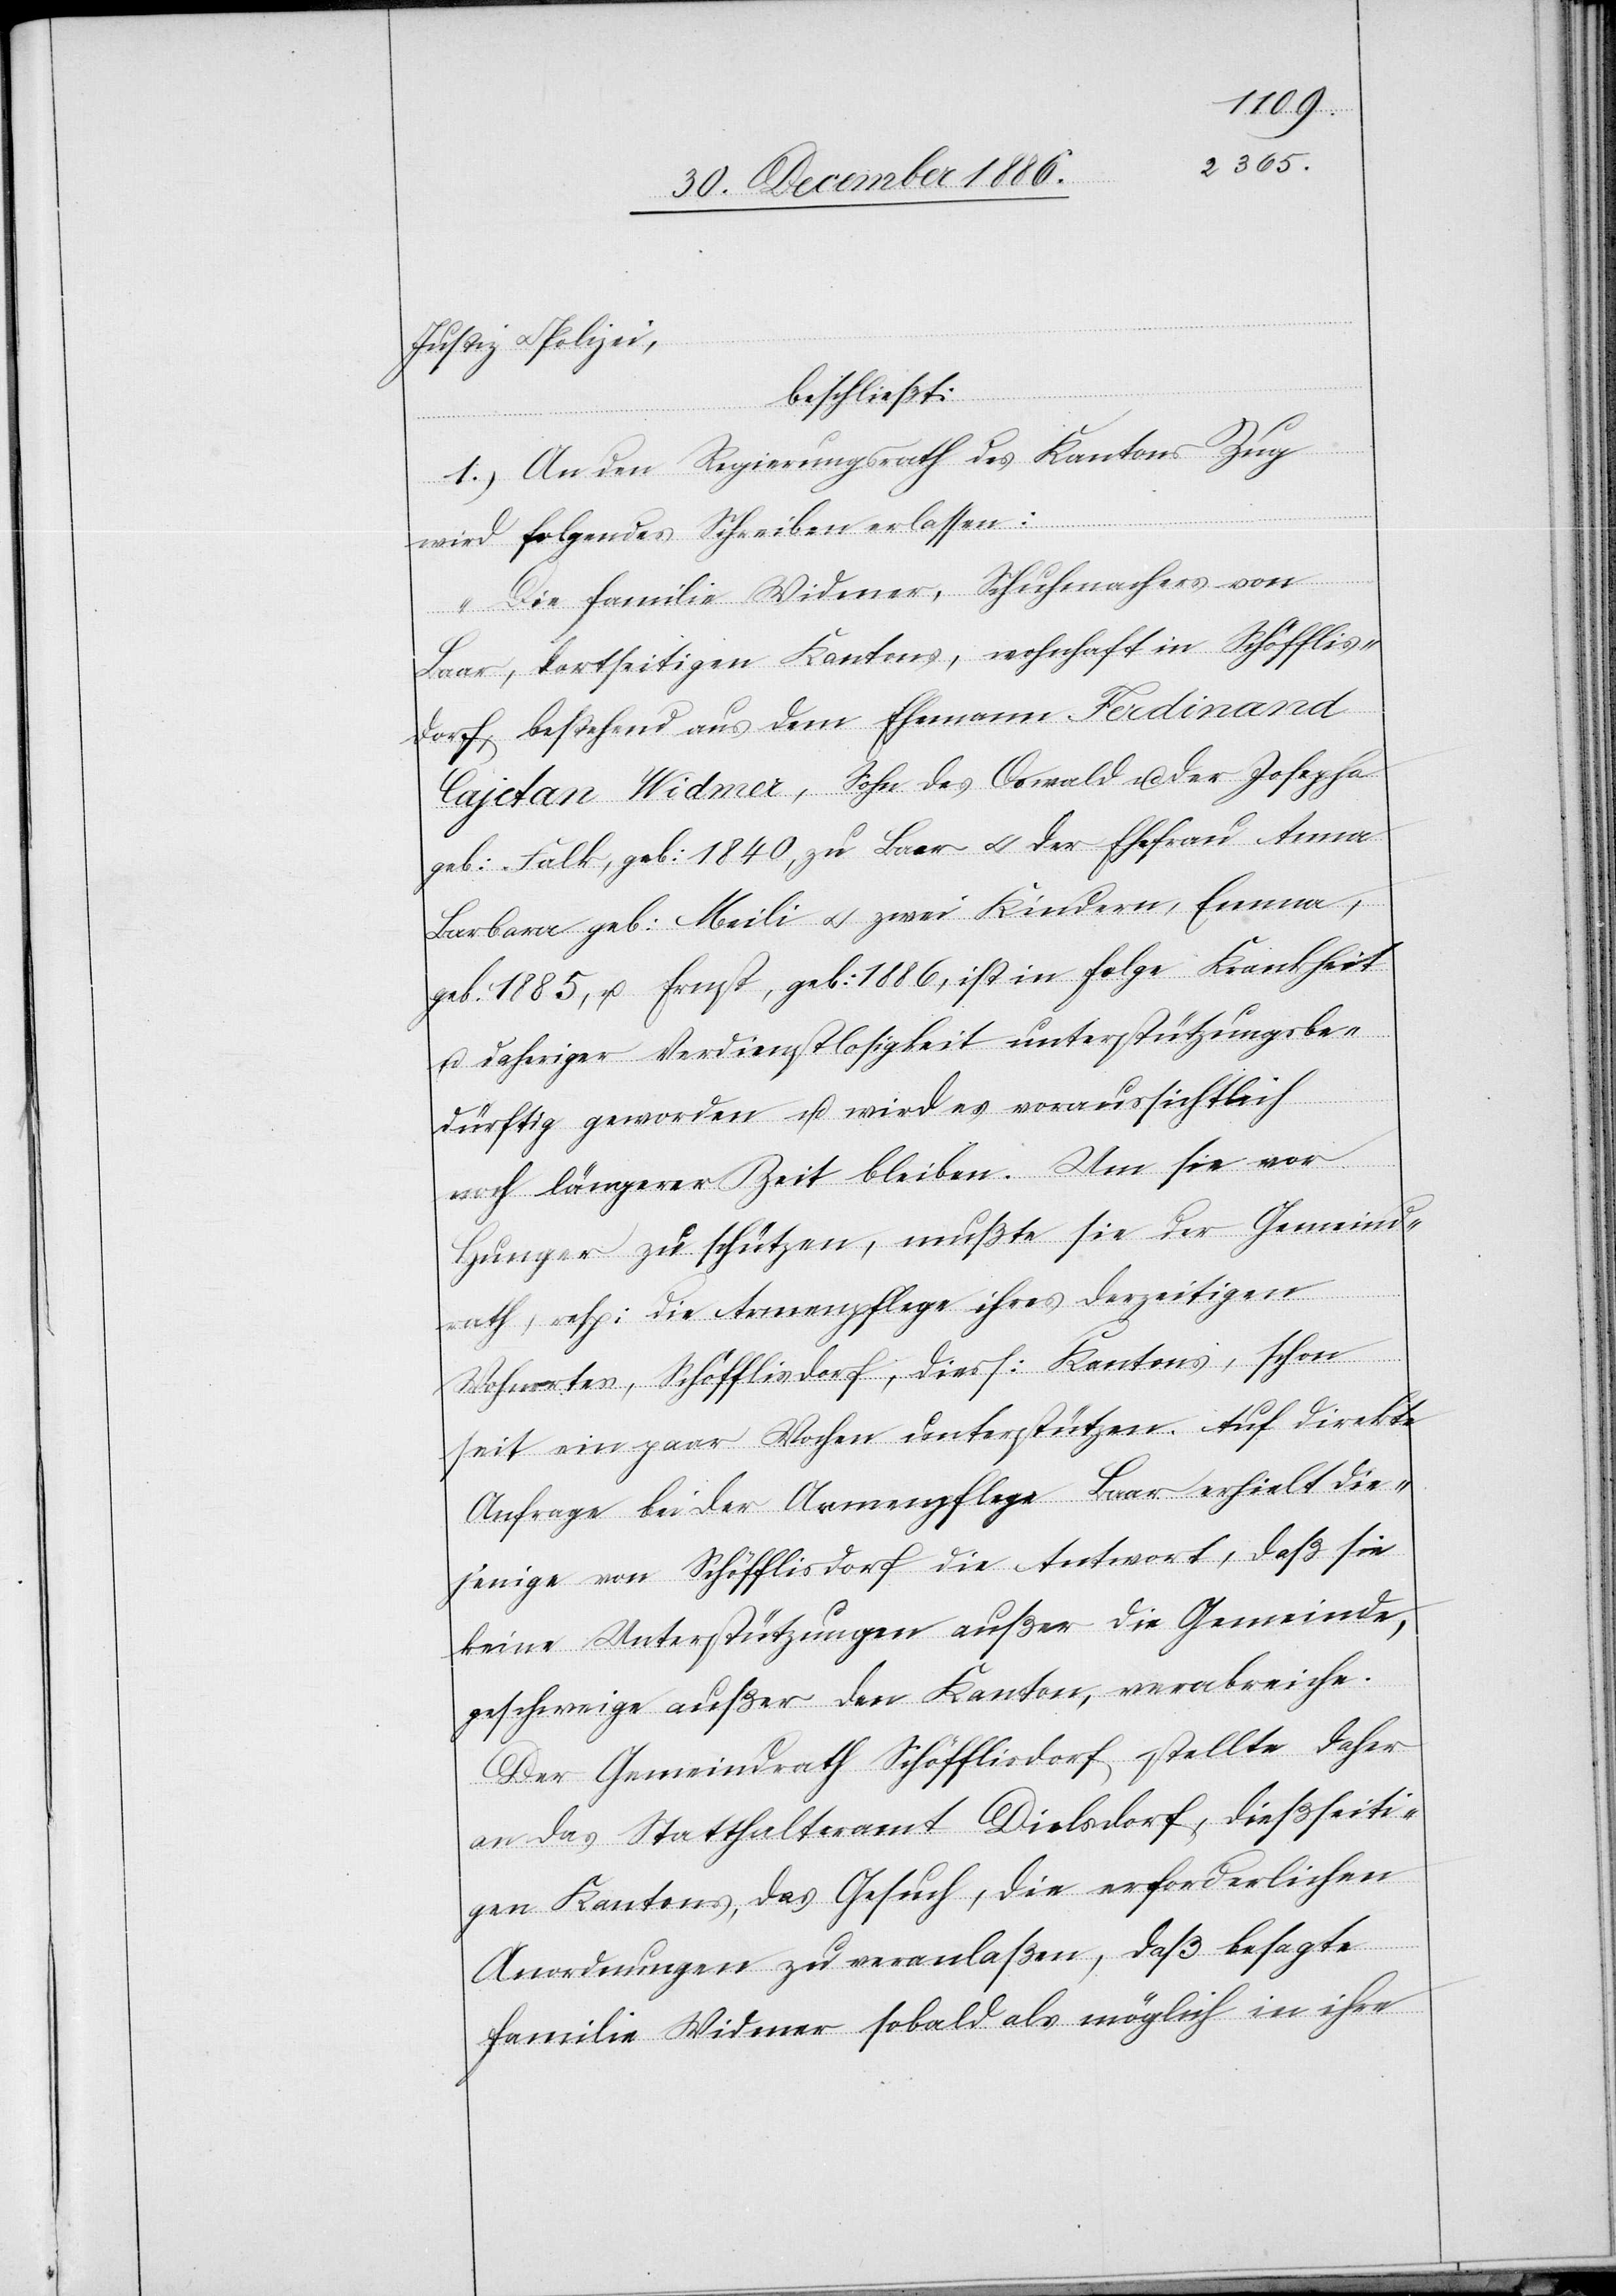
Justiz & Polizei,
beschließt:
1.) An den Regierungsrath des Kantons Zug
wird folgendes Schreiben erlassen:
„Die Familie Widmer, Schuhmachers von
Baar, dortseitigen Kantons, wohnhaft in Schöfflis¬
dorf, bestehend aus dem Ehemann Ferdinand
Cajetan Widmer, Sohn des Oswald u. der Josepha
geb: Falk, geb: 1840, zu Baar & der Ehefrau Anna
Barbara geb: Meili & zwei Kindern, Emma,
geb. 1885, u. Ernst, geb: 1886, ist in Folge Krankheit
u. daheriger Verdienstlosigkeit unterstützungsbe¬
dürftig geworden u. wird es voraussichtlich
noch längerer Zeit bleiben. Um sie vor
Hunger zu schützen, mußte sie der Gemeind¬
rath, resp: die Armenpflege ihres derzeitigen
Wohnortes, Schöfflisdorf, diess: Kantons, schon
seit ein paar Wochen unterstützen. Auf direkte
Anfrage bei der Armenpflege Baar erhielt die¬
jenige von Schöfflisdorf die Antwort, daß sie
keine Unterstützungen außer die Gemeinde,
geschweige außer den Kanton, verabreiche.
Der Gemeindrath Schöfflisdorf stellte daher
an das Statthalteramt Dielsdorf, dießseiti¬
gen Kantons, das Gesuch, die erforderlichen
Anordnungen zu veranlaßen, daß besagte
Familie Widmer sobald als möglich in ihre